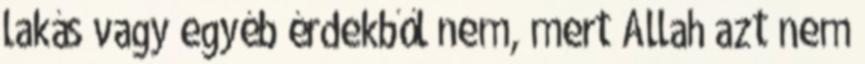
lakás vagy egyéb érdekből nem, mert Allah azt nem